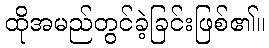
ထိုအမည်တွင်ခဲ့ခြင်းဖြစ်၏။